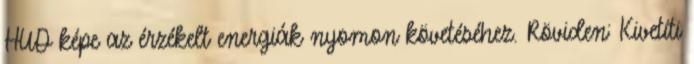
HUD képe az érzékelt energiák nyomon követéséhez. Röviden: Kivetíti